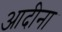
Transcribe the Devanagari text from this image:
आदीना